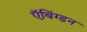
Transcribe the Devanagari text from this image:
ऍबिंग्डन